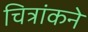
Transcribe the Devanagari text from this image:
चित्रांकने